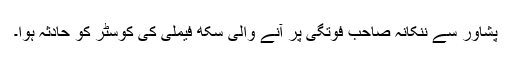
پشاور سے ننکانہ صاحب فوتگی پر آنے والی سکھ فیملی کی کوسٹر کو حادثہ ہوا۔